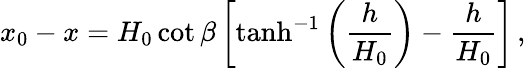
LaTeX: x_{0}-x=H_{0}\cot\beta\left[\operatorname{tanh}^{-1}\left(\frac{h}{H_{0}}\right)-\frac{h}{H_{0}}\right]\, ,